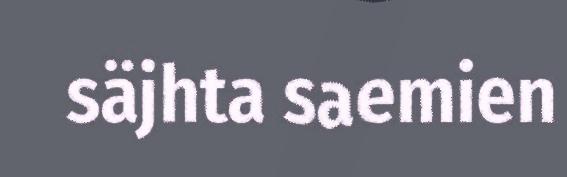
säjhta saemien